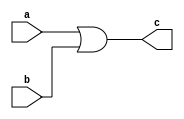
                 /* OR */ 

module OR_GLM(a,b,c);   // Gate Level Modeling
input a,b;               
output c;                   
or(c,a,b);                    
endmodule                     

module OR(output c,input a,b);             
or(c,a,b); 
//assign c=a | b;                   
endmodule                     

module OR_DFM1(a,b,c);  // Data Level Modeling Method 1
input a,b;
output c;
assign c=a | b;
endmodule 

module OR_DFM2;         // Data Level Modeling Method 2
wire a,b,c;
assign c=a | b;
endmodule